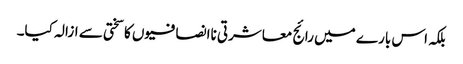
بلکہ اس بارے میں رائج معاشرتی ناانصافیوں کا سختی سے ازالہ کیا۔